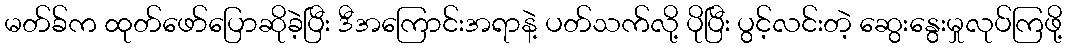
မတ်ခ်က ထုတ်ဖော်ပြောဆိုခဲ့ပြီး ဒီအကြောင်းအရာနဲ့ ပတ်သက်လို့ ပိုပြီး ပွင့်လင်းတဲ့ ဆွေးနွေးမှုလုပ်ကြဖို့